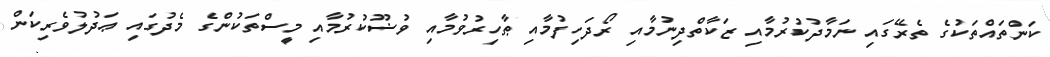
ކަންތައްތަކުގެ ތެރޭގައި ނަމާދުކުރުމާއި ޒަކާތްދިނުމާއި ރޯދަހިފުމާއި ޠާހިރުވުމާއި ވުޟޫކުރުމާއި މީސްތަކުންގެ މެދުގައި ޢަދުލުވެރިކަން